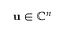
\mathbf { u } \in \mathbb { C } ^ { n }